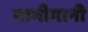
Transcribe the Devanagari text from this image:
नाभीगानी